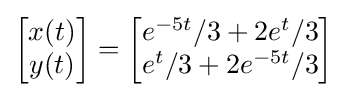
{\begin{bmatrix}x(t)\\y(t)\end{bmatrix}}={\begin{bmatrix}e^{-5t}/3+2e^{t}/3\\e^{t}/3+2e^{-5t}/3\end{bmatrix}}